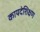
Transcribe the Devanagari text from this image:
कायदेशिक्षण